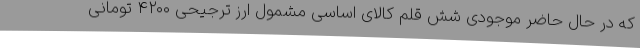
که در حال حاضر موجودی شش قلم کالای اساسی مشمول ارز ترجیحی ۴۲۰۰ تومانی